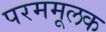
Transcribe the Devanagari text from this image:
परममूलक